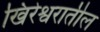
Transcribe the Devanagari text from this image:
खिरेश्वरातील